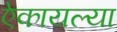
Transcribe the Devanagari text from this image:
ऐकायल्या